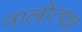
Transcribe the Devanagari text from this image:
नालोत्पन्न